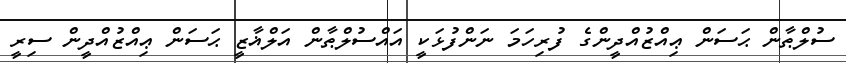
ސުލްޠާން ޙަސަން ޢިއްޒުއްދީންގެ ފުރިހަމަ ނަންފުޅަކީ އައްސުލްޠާން އަލްޣާޒީ ޙަސަން ޢިއްޒުއްދީން ސިރީ